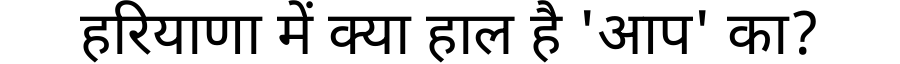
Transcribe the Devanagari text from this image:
हरियाणा में क्या हाल है 'आप' का?